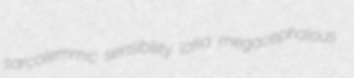
sarcolemmic sensibility loka megacephalous